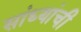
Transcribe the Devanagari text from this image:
सांध्यांची